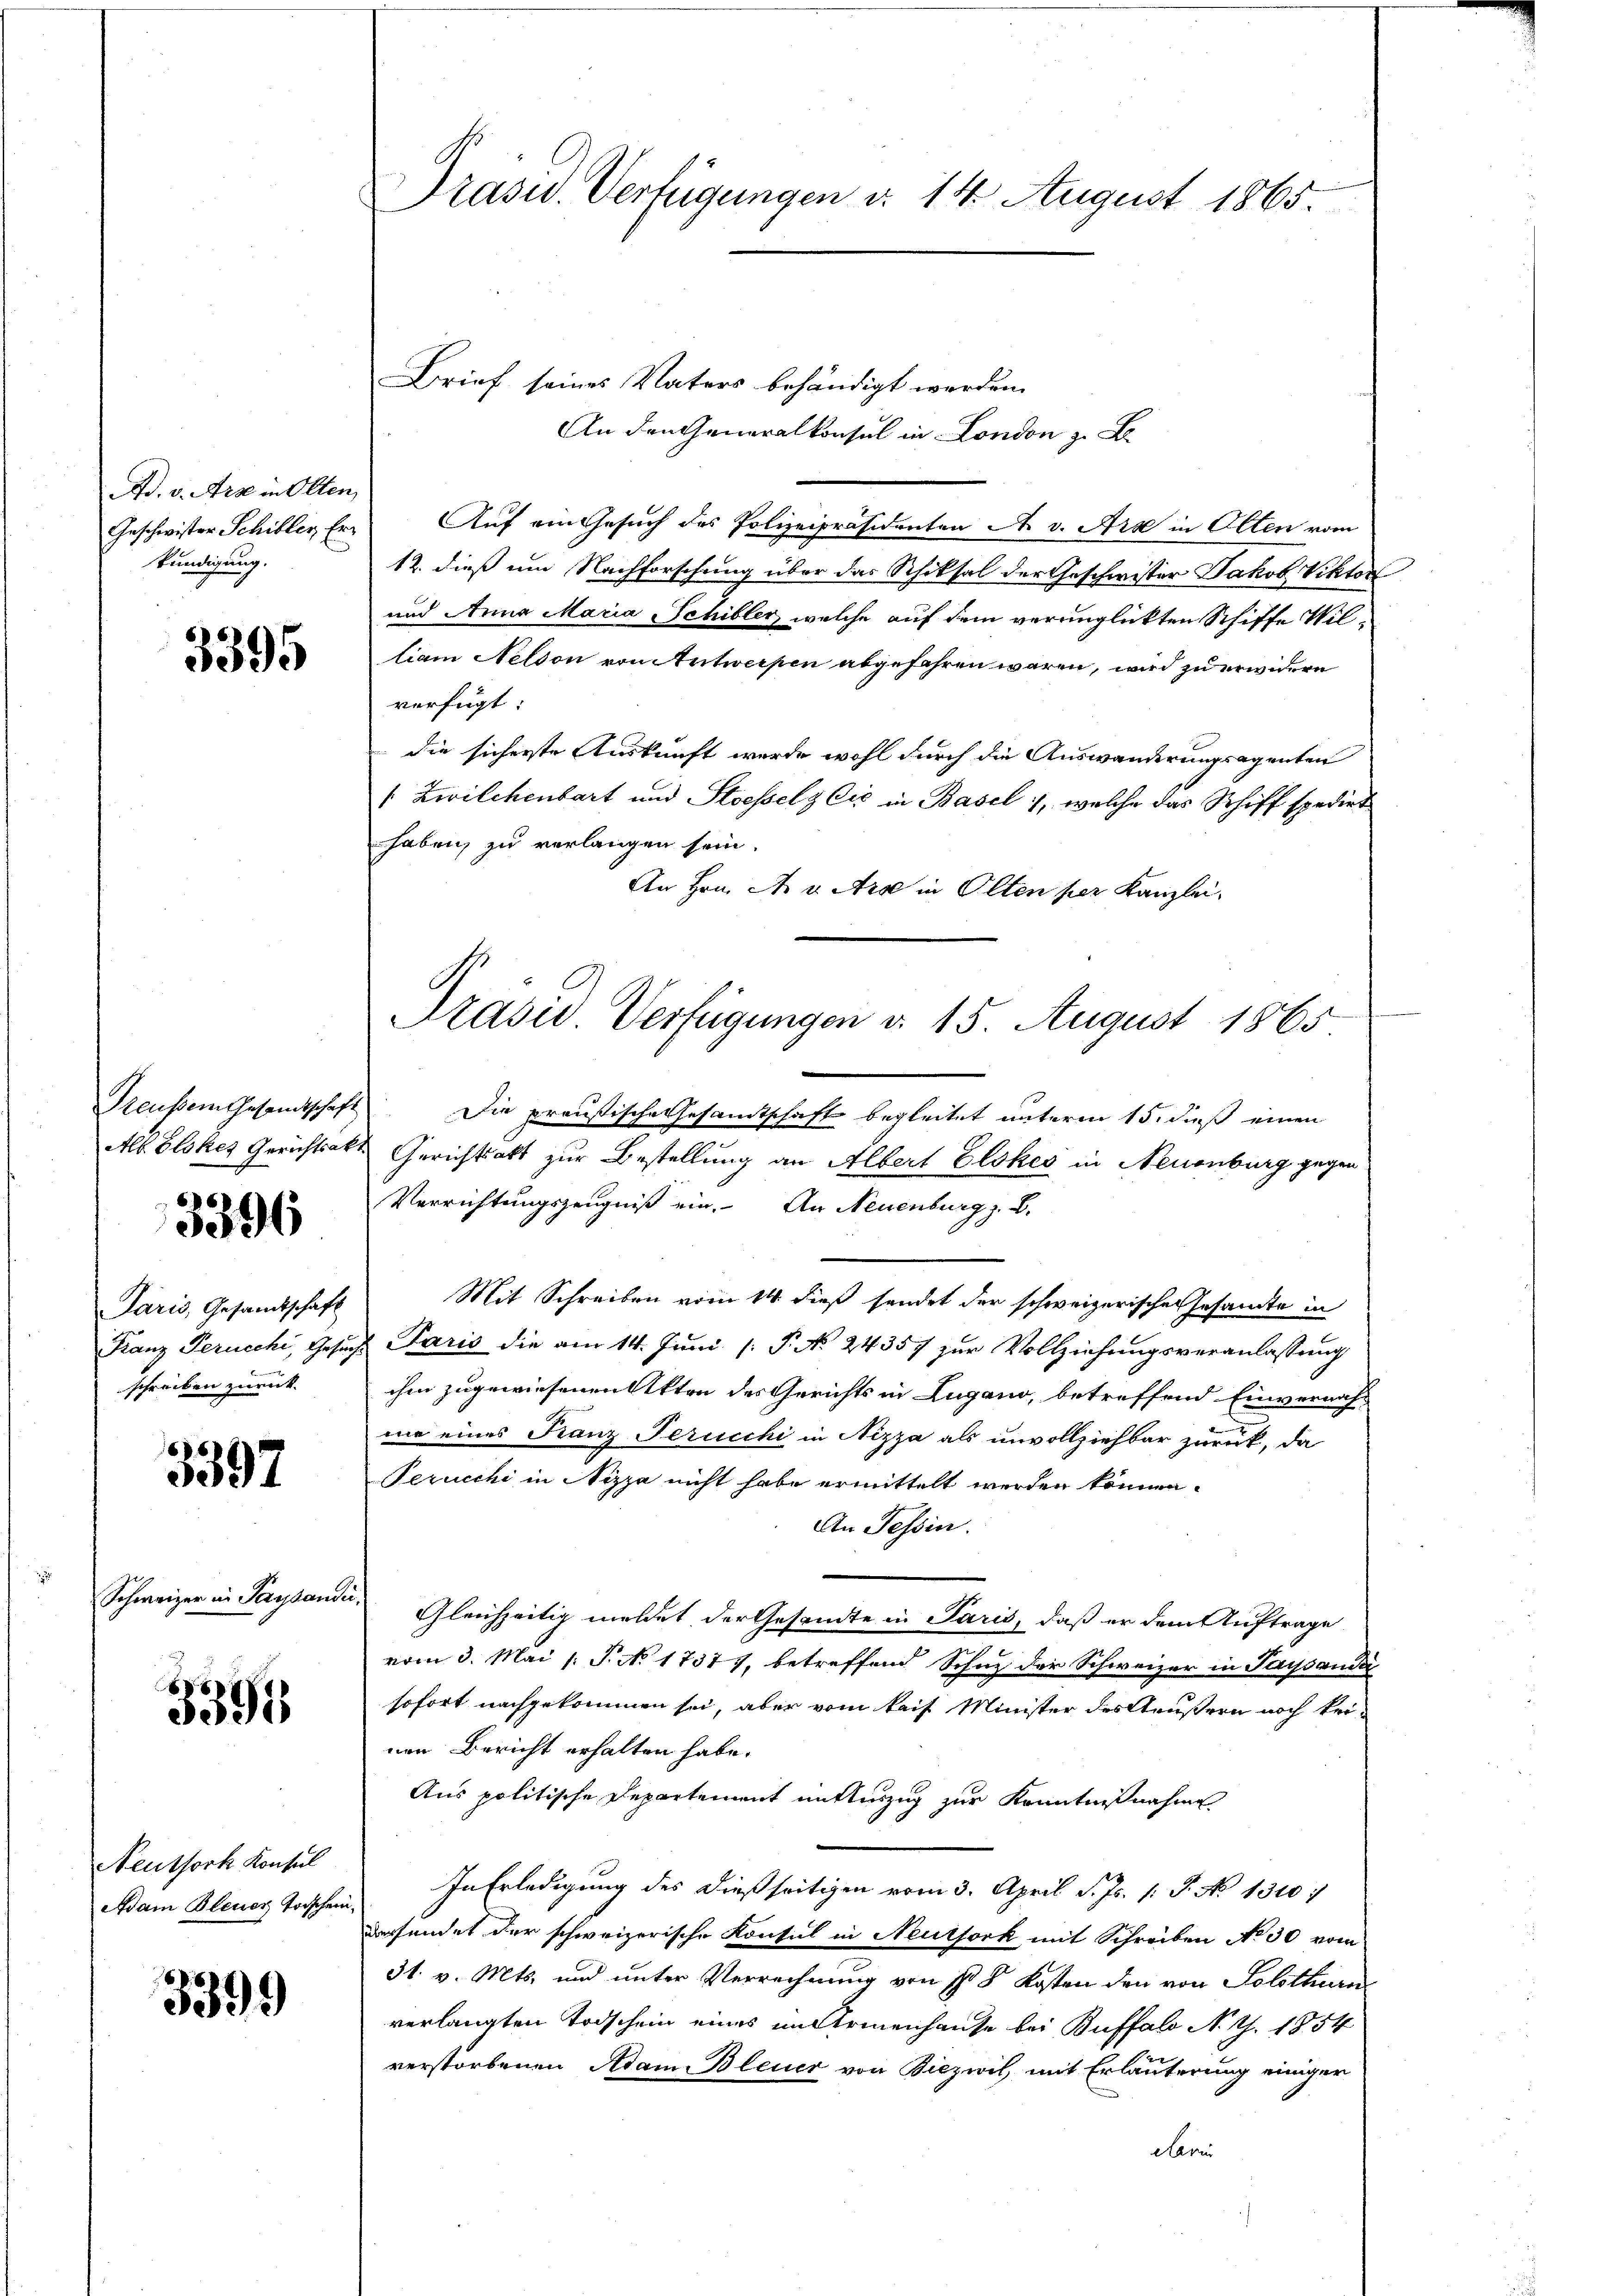
Ad. v. Art in Olten,
Geschwister Schiller Erkündigung.

3395

3396

Paris, Gesandtschaft
Franz Perucchi, Gesuch
schreiben zurück.

3397

Schweizer in Parsander

3391

Neuthork Konsul
Adam Steuer trischen

3399

Präsid. Verfügungen d. 14. August 1865.

Brief seines Vaters behändigt werden.
An den Generalkonsul in London zu B
Auf ein Gesuch des Polizeipräsidenten A. v. Art in Olten vom
12. dieß um Nachforschung über das Schiksal der Geschwister Jakob Viktor
und Anna Maria Schiller, welche auf dem verunglickten Schiffe William Nelson von Antwerpen abgefahren wären, wird zu erwidere
verfügt:
die sicherste Auskunft werde wohl durch die Auswanderungsagenten
/. Zwilchenbart und Stoesselz Cić in Basel 1, welche das Schiff spedirt
haben, zu verlangen sein.
An Hrn. A u. Arg in Olten per Kanzlei,
Preußen Gesandtschaft. Die preußische Gesandtschaft begleitet unterm 15. dieß einen
Alb Elokes Gerichtsakt Gerichtsakt zur Bestellung an Albert Elokes in Neuenburg gegen
Verrichtungszeugniß ein. An Neuenburg z. B.
Mit Schreiben vom 14. dieß sendet der schweizerischen Gesamte in
u Paris die am 14. Juni [ P. N. 24357 zur Vollziehungsveranlassung
ihm zugewiesenen Akten des Gerichts in Lugano, betreffend Einvernach-
me eines Franz Perucchi in Nizza als unvollziehbar zurück, da
Perucchi in Nizza nicht habe ermittelt werden können.
An Tessin.
a
Gleichzeitig meldet der Gesandte in Paris, daß er dem Auftrage
vom 3. Mai /: P. No 1737), betreffend Schuz der Schweizer in Paysaudi
sofort nachgekommen sei, aber vom kais Minister des Aeußern noch keivon Bericht erhalten habe.
Aus politische Departement mit einzug zur Kenntnißnahme
In Erledigung des dießseitigen vom 3. April d. Js. [: P. No 1310:
derfendet der schweizerische Konsul in Neuthork mit Schreiben No 30 vom
31. v. Mts. und unter Verrechnung von s. 8 Kosten den von Solothurn
verlangten Todschein eines im Armenhause bei Buffalo No. 1. 1854
verstorbenen Adam Bleuer von Biezwil mit Erläuterung einiger
darin

Präsid Verfügungen d. 15. August 1865